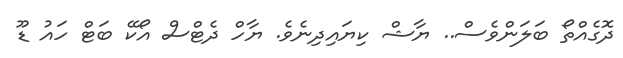
ދޮގެއްތޯ ބަލަންވެސް.. ޔާޝް ކިޔައިދިނެވެ. ޔާހް ދެޓްސް އޯކޭ ބަޓް ހައު ޑޫ